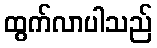
ထွက်လာပါသည်